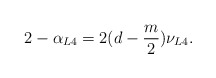
\begin{align*}2 - \alpha_{L4} = 2 (d-\frac{m}{2})\nu_{L4} .\end{align*}